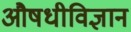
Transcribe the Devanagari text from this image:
औषधीविज्ञान